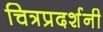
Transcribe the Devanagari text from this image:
चित्रप्रदर्शनी